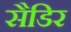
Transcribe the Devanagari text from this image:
सैडिर